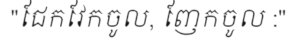
"ជែកវែកចូល, ញែកចូល :"